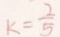
k = \frac { 2 } { 5 }